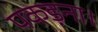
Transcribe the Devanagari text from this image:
पकड़ना।